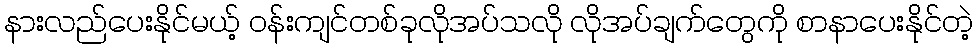
နားလည်ပေးနိုင်မယ့် ဝန်းကျင်တစ်ခုလိုအပ်သလို လိုအပ်ချက်တွေကို စာနာပေးနိုင်တဲ့